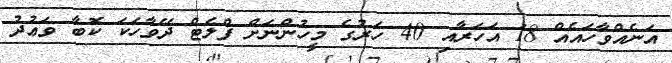
އަނެއްވާހައެއް 18 އަހަރާއި 40 ހަރުގެ މީހުންނަށް ފްލެޓް ދޭވާހަކަ ކޮބާ ވަޢުދު